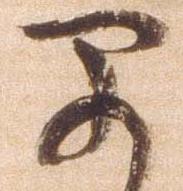
早